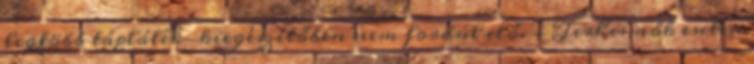
legtöbb táplálék-kiegészítőben nem fordul elő. - Terhes nők esetén